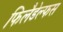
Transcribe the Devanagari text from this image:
फिलैडेल्फस